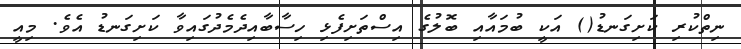
ނިތްކުރި ކަށިގަނޑު() އަކީ ބުމައާއި ބޮލުގެ އިސްތަށިފެޅި ހިސާބާއިދެމެދުގައިވާ ކަށިގަނޑު އެވެ. މިއީ